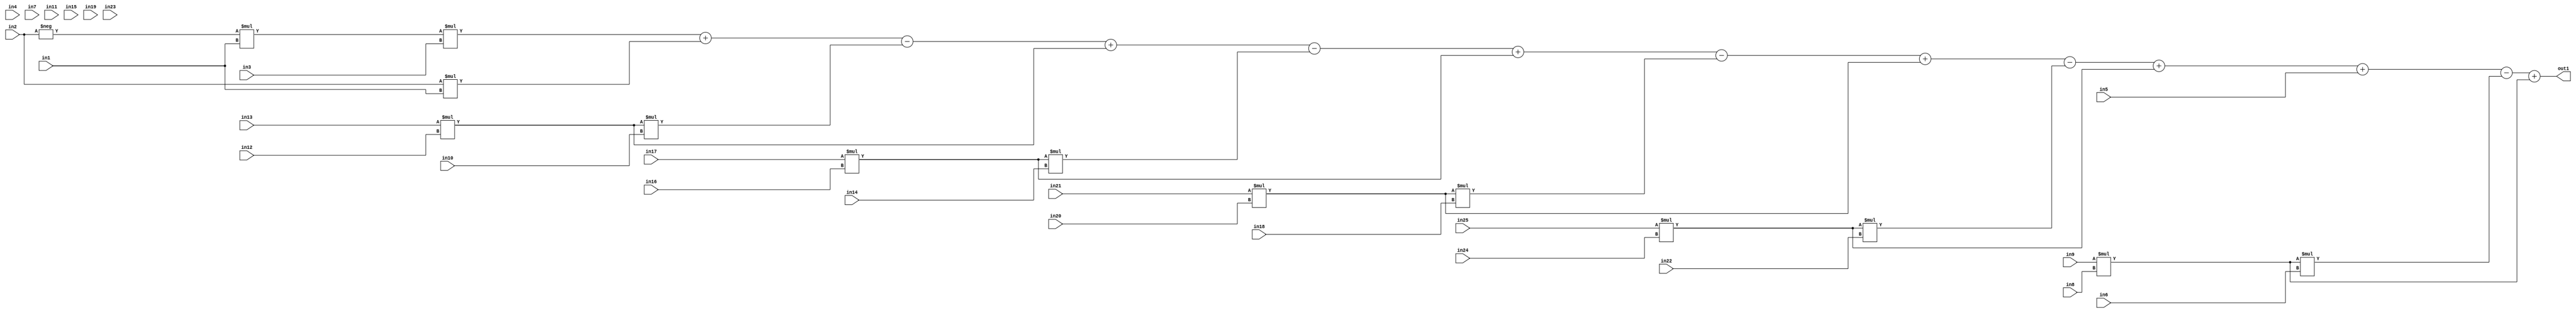
module top_word(in1, in2, in3, in4, in5, in6, in7, in8, in9, in10, in11, in12, in13, in14, in15, in16, in17, in18, in19, in20, in21, in22, in23, in24, in25, out1);
input [8:0] in1, in8, in12, in16, in20, in24;
input [7:0] in2, in9, in13, in17, in21, in25;
input in3, in4, in6, in7, in10, in11, in14, in15, in18, in19, in22, in23;
input [6:0] in5;
output [16:0] out1;

assign out1 = - in2 * in1 * in3 + in2 * in1 - in13 * in12 * in10 + in13 * in12 - in17 * in16 * in14 + in17 * in16 - in21 * in20 * in18 + in21 * in20 - in25 * in24 * in22 + in25 * in24 + in5 - in9 * in8 * in6 + in9 * in8;

endmodule